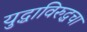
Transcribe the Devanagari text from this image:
युद्धाविरुद्धचा